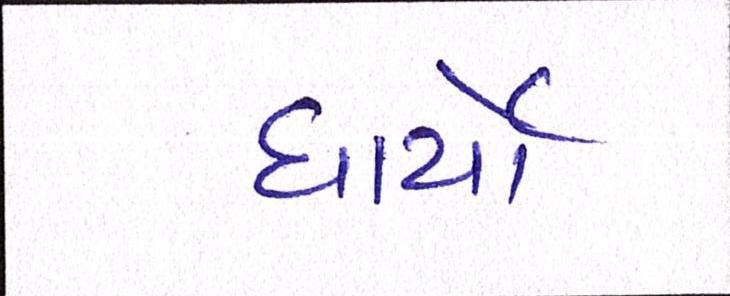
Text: ધાર્યો